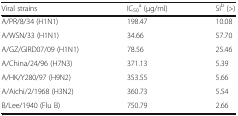
<table><thead><tr><td><b>Viral strains</b></td><td><b>IC<sub>50</sub><sup>a</sup> (μg/ml)</b></td><td><b>SI<sup>b</sup> (&gt;)</b></td></tr></thead><tbody><tr><td>A/PR/8/34 (H1N1)</td><td>198.47</td><td>10.08</td></tr><tr><td>A/WSN/33 (H1N1)</td><td>34.66</td><td>57.70</td></tr><tr><td>A/GZ/GIRD07/09 (H1N1)</td><td>78.56</td><td>25.46</td></tr><tr><td>A/China/24/96 (H7N3)</td><td>371.13</td><td>5.39</td></tr><tr><td>A/HK/Y280/97 (H9N2)</td><td>353.55</td><td>5.66</td></tr><tr><td>A/Aichi/2/1968 (H3N2)</td><td>360.73</td><td>5.54</td></tr><tr><td>B/Lee/1940 (Flu B)</td><td>750.79</td><td>2.66</td></tr></tbody></table>